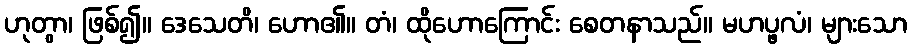
ဟုတွာ၊ ဖြစ်၍။ ဒေသေတိ၊ ဟော၏။ တံ၊ ထိုဟောကြောင်း စေတနာသည်။ မဟပ္ဖလံ၊ များသော